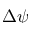
\Delta \psi